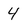
Character: 4